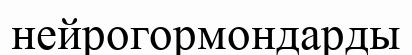
нейрогормондарды